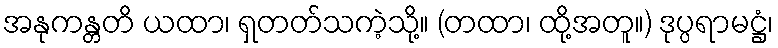
အနုကန္တတိ ယထာ၊ ရှတတ်သကဲ့သို့။ (တထာ၊ ထို့အတူ။) ဒုပ္ပရာမဋ္ဌံ၊